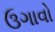
ઉગાવો